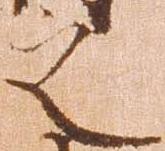
之